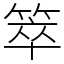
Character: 箤